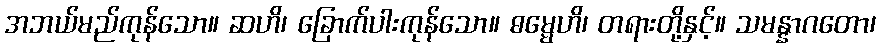
အဘယ်မည်ကုန်သော။ ဆဟိ၊ ခြောက်ပါးကုန်သော။ ဓမ္မေဟိ၊ တရားတို့နှင့်။ သမန္နာဂတော၊